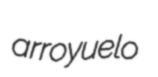
arroyuelo